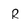
Character: R